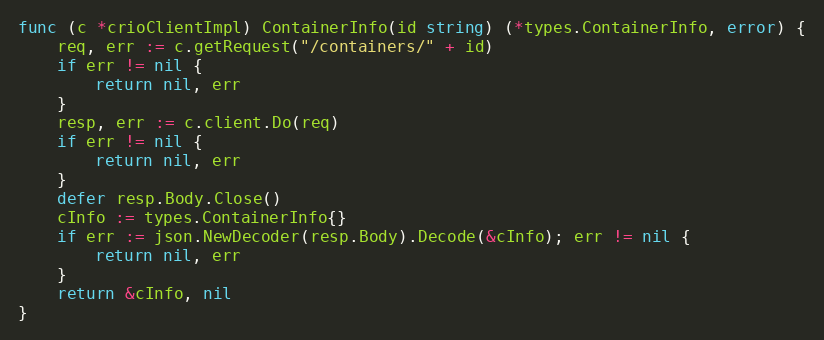
Language: Go
func (c *crioClientImpl) ContainerInfo(id string) (*types.ContainerInfo, error) {
	req, err := c.getRequest("/containers/" + id)
	if err != nil {
		return nil, err
	}
	resp, err := c.client.Do(req)
	if err != nil {
		return nil, err
	}
	defer resp.Body.Close()
	cInfo := types.ContainerInfo{}
	if err := json.NewDecoder(resp.Body).Decode(&cInfo); err != nil {
		return nil, err
	}
	return &cInfo, nil
}